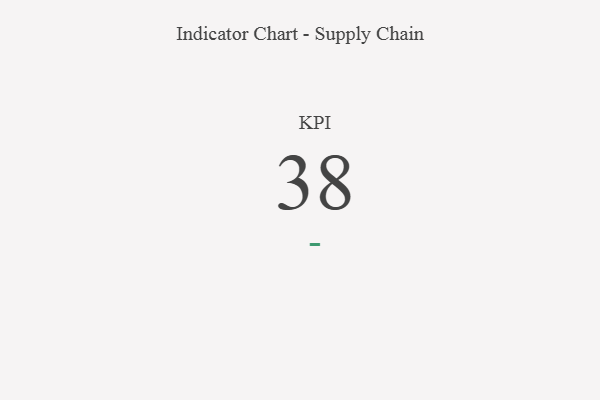
{"axis": {"x": "KPI", "y": "Value"}, "legend": [""], "data": [{"x": "KPI", "y": 38, "type": ""}]}